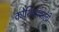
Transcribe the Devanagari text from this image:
कोशिकावाली